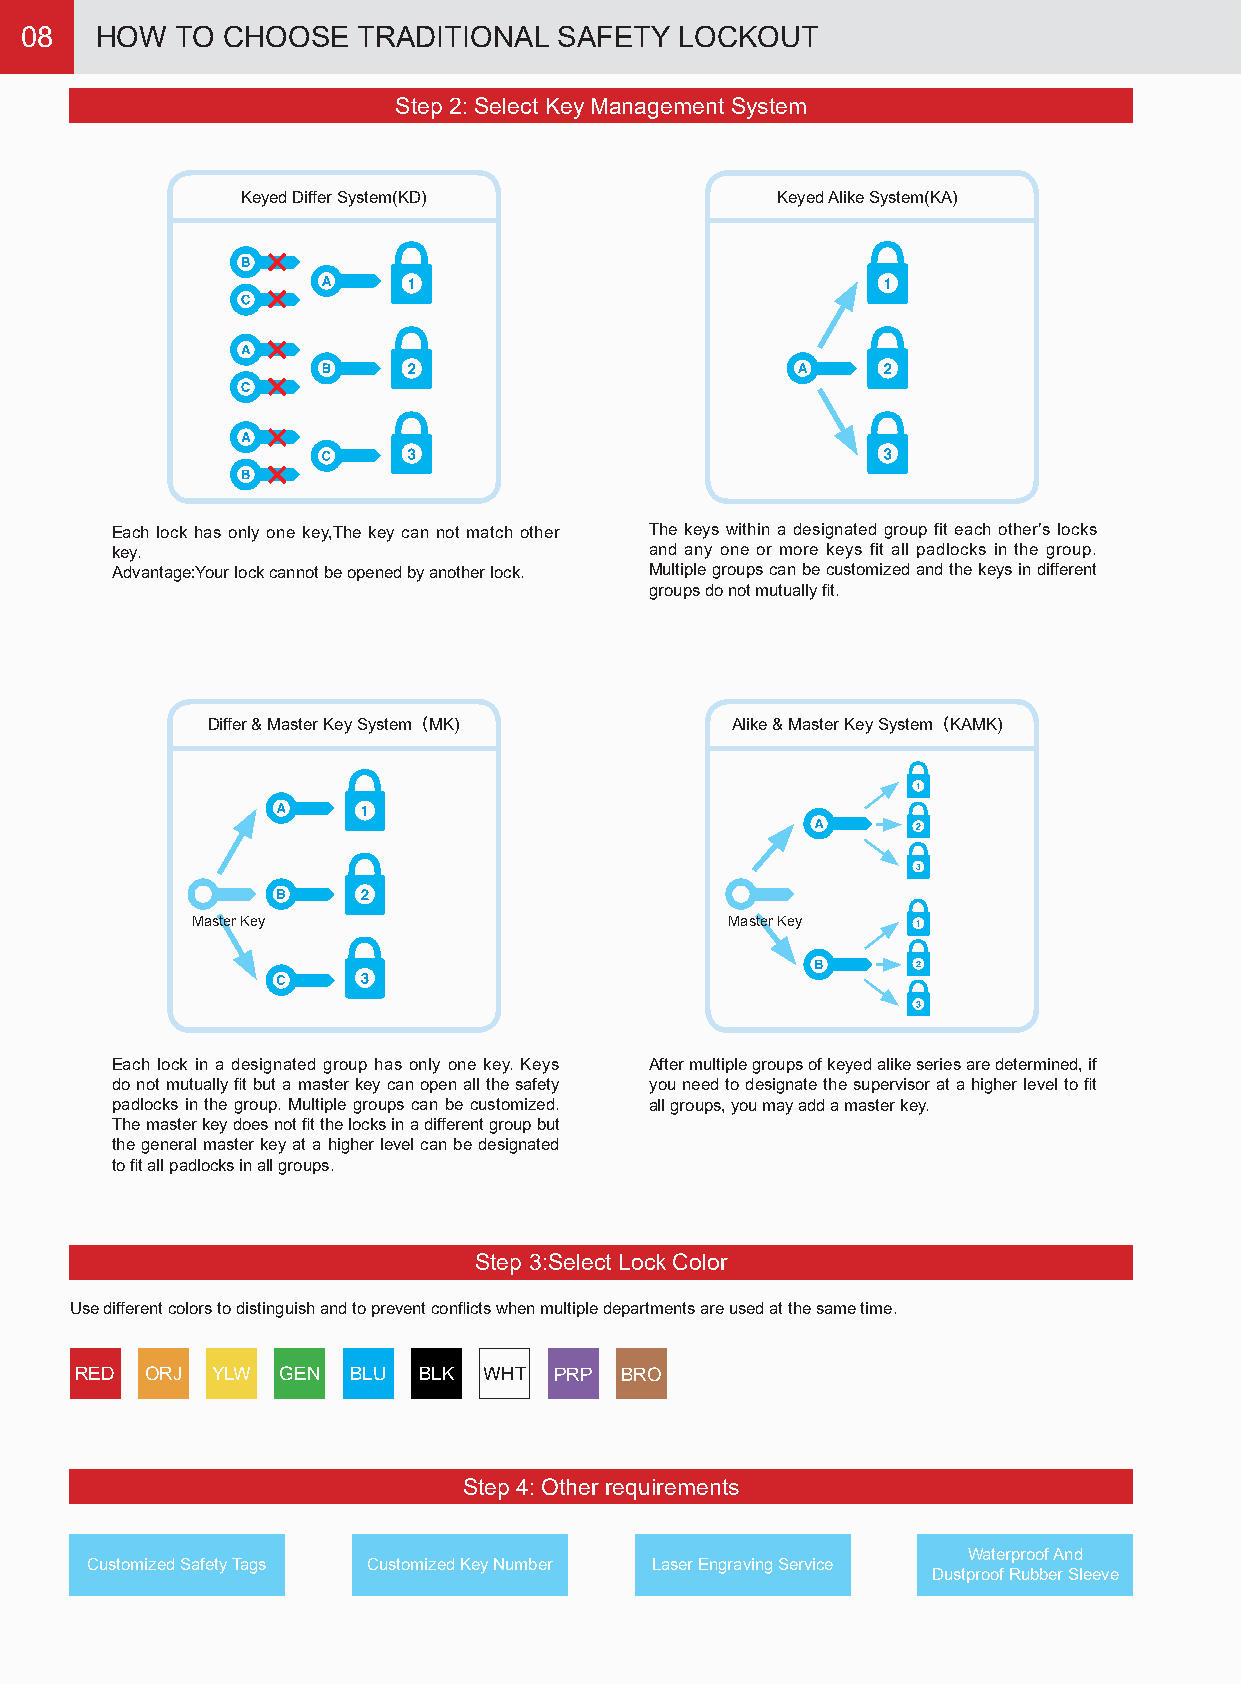
08   HOW   TO CHOOSE   TRADITIONAL  SAFETY  LOCKOUT
 Step 2: Select Key Management System
 Keyed Differ System(KD)            Keyed Alike System(KA)
 Each lock has only one key,The key can not match other The keys within a designated group fit each other’s locks
 key.                                and any one or more keys fit all padlocks in the group.
 Advantage:Your lock cannot be opened by another lock. Multiple groups can be customized and the keys in different
 groups do not mutually fit.
 Differ & Master Key System（MK)    Alike & Master Key System（KAMK)
 Master Key                         Master Key
 Each lock in a designated group has only one key. Keys After multiple groups of keyed alike series are determined, if
 do not mutually fit but a master key can open all the safety you need to designate the supervisor at a higher level to fit
 padlocks in the group. Multiple groups can be customized. all groups, you may add a master key.
 The master key does not fit the locks in a different group but
 the general master key at a higher level can be designated
 to fit all padlocks in all groups.
 Step 3:Select Lock Color
 Use different colors to distinguish and to prevent conflicts when multiple departments are used at the same time.
 RED  ORJ YLW GEN  BLU  BLK WHT  PRP BRO
 Step 4: Other requirements
 Waterproof And
 Customized Safety Tags Customized Key Number Laser Engraving Service
 Dustproof Rubber Sleeve